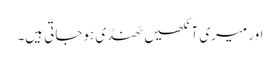
اور میری آنکھیں ٹھنڈی ہوجاتی ہیں۔